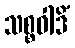
သစ္စဝါဒိံ